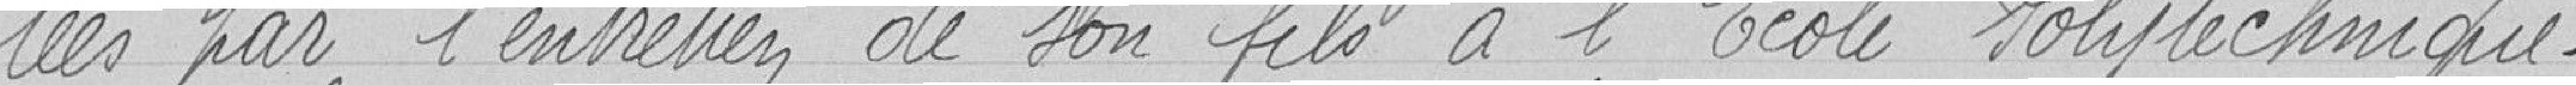
tées par l'entretien de son fils à l'Ecole Polytechnique